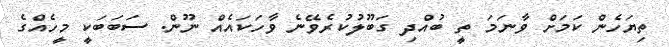
ތިޔަހެން ކަމަށް ވާނަމަ ތީ ބުއްދި ގަބޫލުކުރެވޭނެ ވާހަކައެއް ނޫން. ސަބަބަކީ މީހެއްގެ